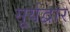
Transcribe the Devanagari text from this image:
सूर्यद्वार